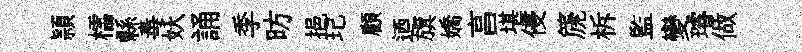
頴櫺縣毒妖誦季昉挹玘顧迺旗嬌亯堪侵篪柝監變璿做